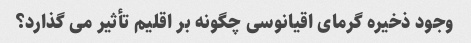
وجود ذخیره گرمای اقیانوسی چگونه بر اقلیم تأثیر می گذارد؟